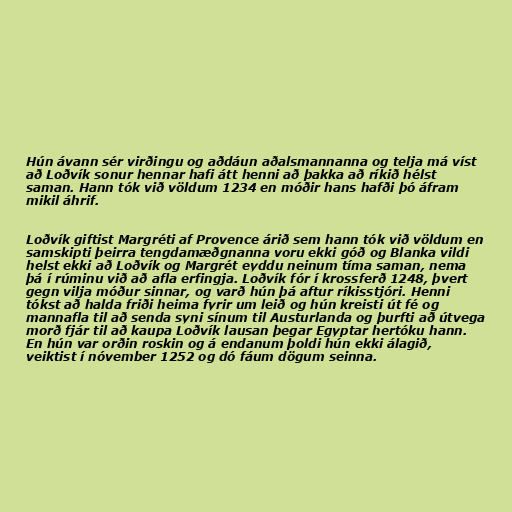
Hún ávann sér virðingu og aðdáun aðalsmannanna og telja má víst
að Loðvík sonur hennar hafi átt henni að þakka að ríkið hélst
saman. Hann tók við völdum 1234 en móðir hans hafði þó áfram
mikil áhrif.

Loðvík giftist Margréti af Provence árið sem hann tók við völdum en
samskipti þeirra tengdamæðgnanna voru ekki góð og Blanka vildi
helst ekki að Loðvík og Margrét eyddu neinum tíma saman, nema
þá í rúminu við að afla erfingja. Loðvík fór í krossferð 1248, þvert
gegn vilja móður sinnar, og varð hún þá aftur ríkisstjóri. Henni
tókst að halda friði heima fyrir um leið og hún kreisti út fé og
mannafla til að senda syni sínum til Austurlanda og þurfti að útvega
morð fjár til að kaupa Loðvík lausan þegar Egyptar hertóku hann.
En hún var orðin roskin og á endanum þoldi hún ekki álagið,
veiktist í nóvember 1252 og dó fáum dögum seinna.